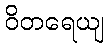
ဝိတရေယျ